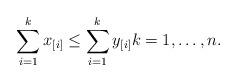
LaTeX: \begin{align*} \sum_{i=1}^kx_{[i]}\leq\sum_{i=1}^ky_{[i]}k=1,\dots,n. \end{align*}